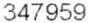
347959